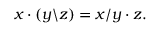
x \cdot ( y \backslash z ) = x / y \cdot z .